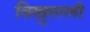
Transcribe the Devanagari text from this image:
विखुरल्ली